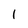
Character: 1